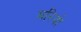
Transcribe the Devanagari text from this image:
मरियो